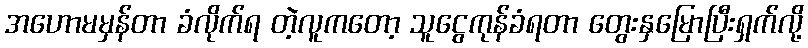
အဟောမမှန်တာ ခံလိုက်ရ တဲ့လူကတော့ သူငွေကုန်ခံရတာ တွေးနှမြောပြီးရှက်လို့